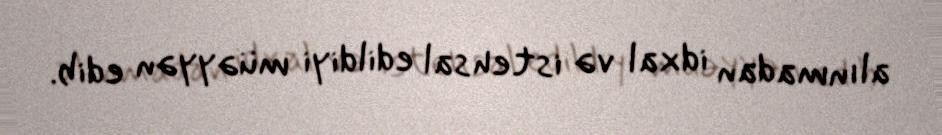
alınmadan idxal və istehsal edildiyi müəyyən edib.